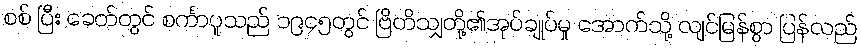
စစ် ပြီး ခေတ်တွင် စင်္ကာပူသည် ၁၉၄၅တွင် ဗြိတိသျှတို့၏အုပ်ချုပ်မှု အောက်သို့ လျင်မြန်စွာ ပြန်လည်